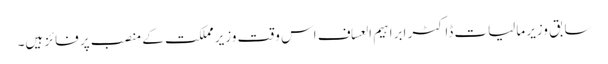
سابق وزیر مالیات ڈاکٹر ابراہیم العساف اس وقت وزیر مملکت کے منصب پر فائز ہیں۔